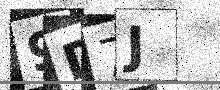
Text: 9D7J